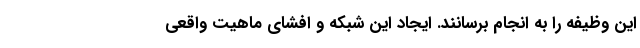
این وظیفه را به انجام برسانند. ایجاد این شبکه و افشای ماهیت واقعی